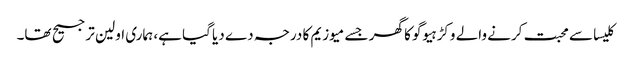
کلیسا سے محبت کرنے والے وکڑ ہیوگو کا گھر جسے میوزیم کا درجہ دے دیا گیا ہے، ہماری اولین ترجیح تھا۔